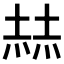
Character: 𡎓